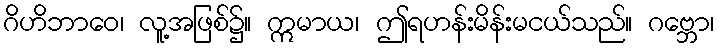
ဂိဟိဘာဝေ၊ လူ့အဖြစ်၌။ ဣမာယ၊ ဤရဟန်းမိန်းမငယ်သည်။ ဂဗ္ဘော၊